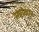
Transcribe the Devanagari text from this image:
सर्पांकार